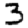
Digit: 3